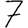
Digit: 7